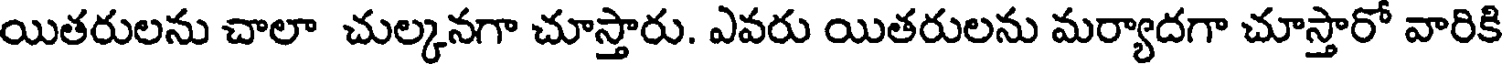
యితరులను చాలా చుల్కనగా చూస్తారు. ఎవరు యితరులను మర్యాదగా చూస్తారో వారికి